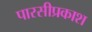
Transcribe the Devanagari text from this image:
पारसीप्रकाश